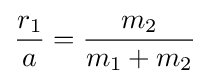
{\frac {r_{1}}{a}}={\frac {m_{2}}{m_{1}+m_{2}}}